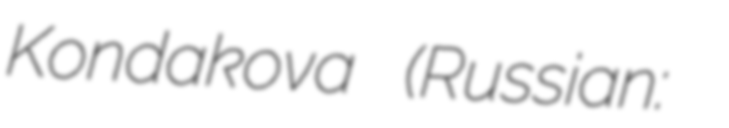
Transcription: Kondakova (Russian: Ю́лия